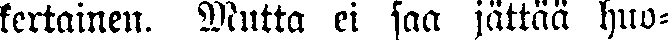
kertainen. Mutta ei saa jättää huo-